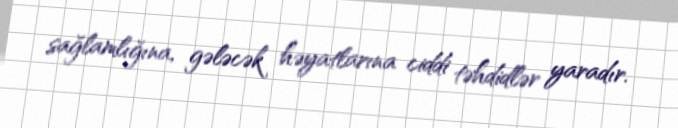
sağlamlığına, gələcək həyatlarına ciddi təhdidlər yaradır.